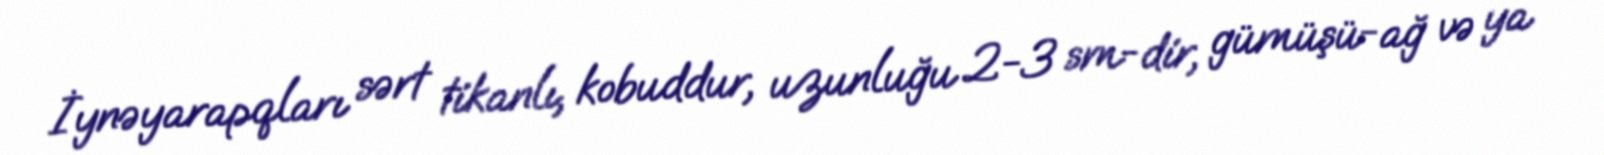
İynəyarapqları sərt tikanlı, kobuddur, uzunluğu 2-3 sm-dir, gümüşü-ağ və ya